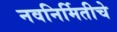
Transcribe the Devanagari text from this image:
नवनिर्मितीचे